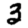
Digit: 3